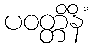
ပဝတ္တိနိံ